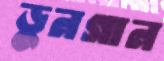
ডুনগান